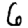
Digit: 6